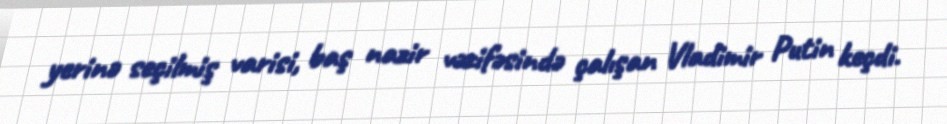
yerinə seçilmiş varisi, baş nazir vəzifəsində çalışan Vladimir Putin keçdi.